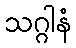
သဂ္ဂါနံ